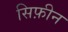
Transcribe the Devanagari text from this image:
सिफ़ीन